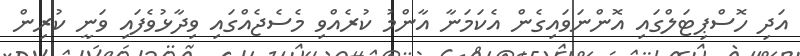
އަދި ހޮސްޕިޓަލްގައި އޮންނަވައިގެން އެކަމަނާ އާންމު ކުރެއްވި މެސެޖެއްގައި ވިދާޅުވެފައި ވަނީ ކުރިން